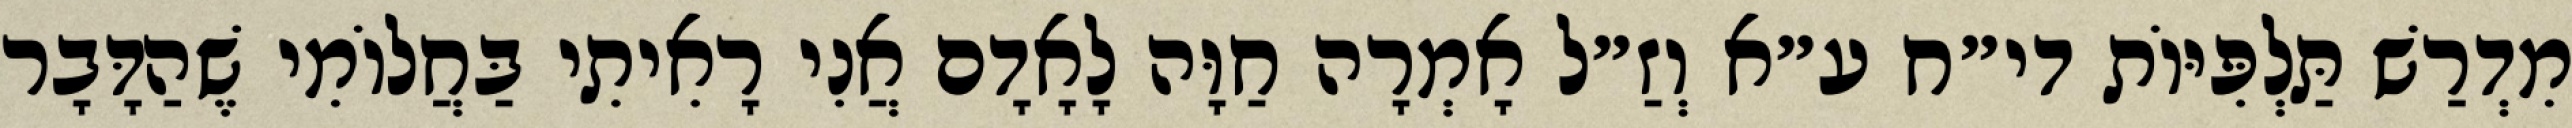
מִדְרַשׁ תַּלְפִּיּוֹת די״ח ע״א וְזַ״ל אָמְרָה חַוָּה לָאָדָם אֲנִי רָאִיתִי בַּחֲלוֹמִי שֶׁהַדָּבָר